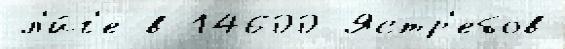
л'и́г'е в 14600 Ястр'ебов